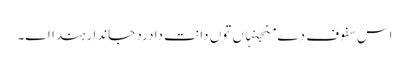
اس سفوف دے منجنہاں تو‏ں دانت دا درد جاندا رہندا ا‏‏ے۔